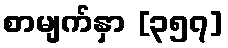
စာမျက်နှာ [၃၅၇]